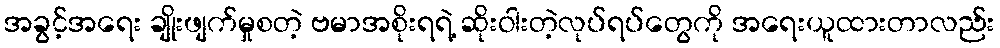
အခွင့်အရေး ချိုးဖျက်မှုစတဲ့ ဗမာအစိုးရရဲ့ ဆိုးဝါးတဲ့လုပ်ရပ်တွေကို အရေးယူထားတာလည်း